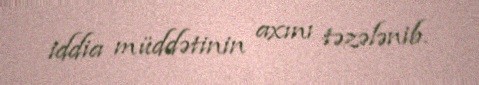
iddia müddətinin axını təzələnib.